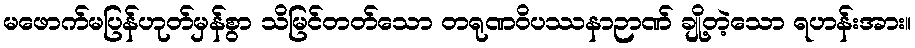
မဖောက်မပြန်ဟုတ်မှန်စွာ သိမြင်တတ်သော တရုဏဝိပဿနာဉာဏ် ချို့တဲ့သော ရဟန်းအား။